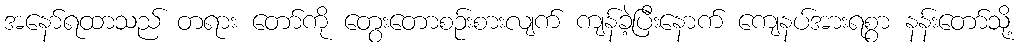
အနော်ရထာသည် တရား တော်ကို တွေးတောစဉ်းစားလျက် ကျန်ခဲ့ပြီးနောက် ကျေနပ်အားရစွာ နန်းတော်သို့